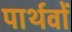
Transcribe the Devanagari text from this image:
पार्थवों